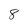
Character: 8